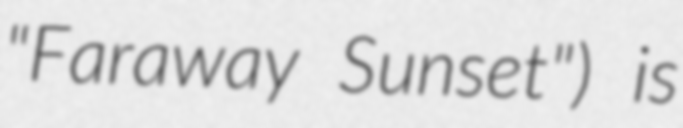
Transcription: "Faraway Sunset") is